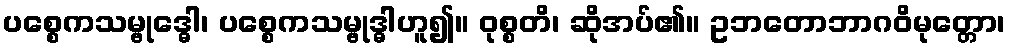
ပစ္စေကသမ္ဗုဒ္ဓေါ၊ ပစ္စေကသမ္ဗုဒ္ဓါဟူ၍။ ဝုစ္စတိ၊ ဆိုအပ်၏။ ဥဘတောဘာဂဝိမုတ္တော၊